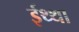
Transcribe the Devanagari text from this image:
ईथ्था